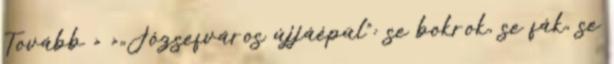
Tovább › ›„Józsefváros újjáépül”: se bokrok, se fák, se